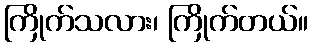
ကြိုက်သလား၊ ကြိုက်တယ်။